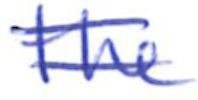
Text: the
Cross-out: double-line
Writing tool: ballpoint